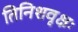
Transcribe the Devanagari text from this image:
तिनिशवृक्षः